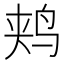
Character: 𫛥